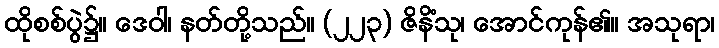
ထိုစစ်ပွဲ၌။ ဒေဝါ၊ နတ်တို့သည်။ (၂၂၃) ဇိနိံသု၊ အောင်ကုန်၏။ အသုရာ၊